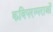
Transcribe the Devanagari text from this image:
कविपरम्पराओं